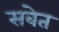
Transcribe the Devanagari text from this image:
सबेत